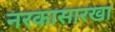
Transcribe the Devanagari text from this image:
नरकासारखा